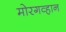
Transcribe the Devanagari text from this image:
मोरगव्हान